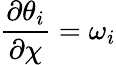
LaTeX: \frac{\partial\theta_{i}}{\partial\chi}=\omega_{i}